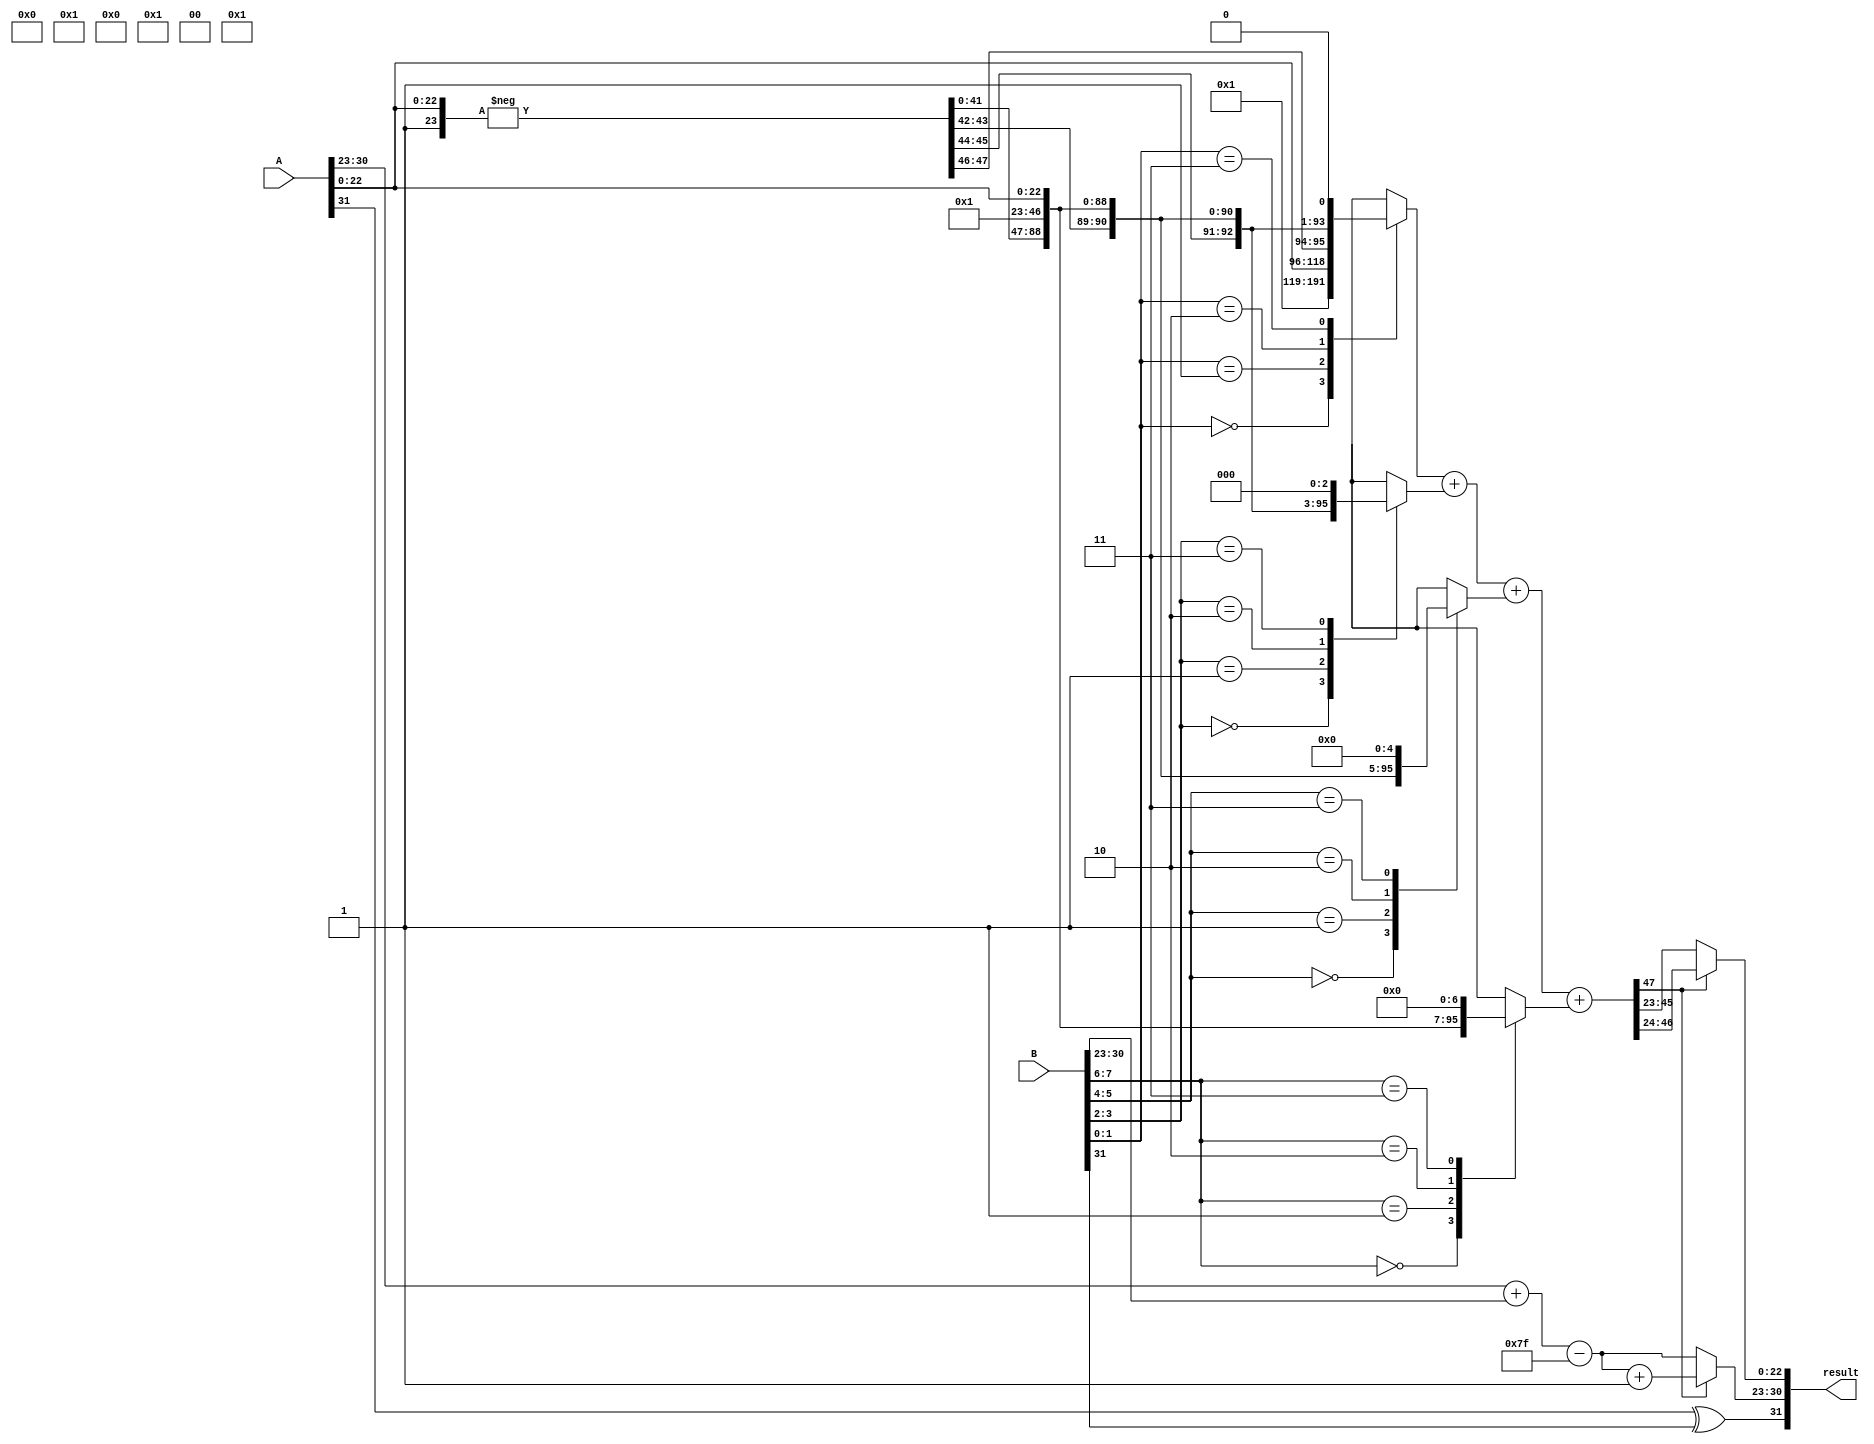
module radix4_fp_multiplier (
    input wire [31:0] A, // Single-precision floating-point input A
    input wire [31:0] B, // Single-precision floating-point input B
    output reg [31:0] result // Single-precision floating-point output
);

    // IEEE 754 components
    wire signA = A[31];
    wire signB = B[31];
    wire [7:0] expA = A[30:23];
    wire [7:0] expB = B[30:23];
    wire [22:0] fracA = A[22:0];
    wire [22:0] fracB = B[22:0];

    // Sign calculation
    wire result_sign = signA ^ signB;

    // Exponent calculation
    wire [8:0] exp_sum = {1'b0, expA} + {1'b0, expB} - 8'd127; // Subtract bias

    // Significand multiplication using Radix-4 Booth's algorithm
    reg [47:0] significandA, significandB;
    reg [47:0] partial_product [0:3]; // Store partial products
    reg [47:0] product; // Final product

    // Normalize significands
    always @(*) begin
        significandA = {1'b1, fracA}; // Implicit leading 1 for normalized numbers
        significandB = {1'b1, fracB}; // Implicit leading 1 for normalized numbers
    end

    // Radix-4 Booth's algorithm
    integer i;
    always @(*) begin
        // Initialize partial products
        partial_product[0] = 0;
        partial_product[1] = 0;
        partial_product[2] = 0;
        partial_product[3] = 0;

        for (i = 0; i < 22; i = i + 2) begin
            case ({significandB[i+1], significandB[i]})
                2'b00: partial_product[i/2] = 0;
                2'b01: partial_product[i/2] = significandA << i; // +1
                2'b10: partial_product[i/2] = -significandA << i; // -1
                2'b11: partial_product[i/2] = (significandA << (i + 1)); // +2
            endcase
        end

        // Accumulate partial products
        product = partial_product[0] + partial_product[1] + partial_product[2] + partial_product[3];
    end

    // Normalization and rounding
    reg [7:0] final_exp;
    reg [22:0] final_frac;
    always @(*) begin
        // Check for normalization
        if (product[47]) begin
            final_frac = product[46:24]; // Normalized
            final_exp = exp_sum + 1; // Adjust exponent
        end else begin
            final_frac = product[45:23]; // Shift right
            final_exp = exp_sum; // No adjustment
        end
    end

    // Output formatting
    always @(*) begin
        result = {result_sign, final_exp[7:0], final_frac[22:0]};
    end

endmodule